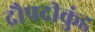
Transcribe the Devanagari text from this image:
द्रौपदीकुंड